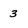
Character: 3